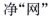
净”网”①网络不是任意妄为的世界②自由是有限制的、相对的③自由的实现不能触碰法律的红线④自由无需限制，否则就会导致混乱与伤害A.①②③ B.②③④C.①②④ D.①②③④